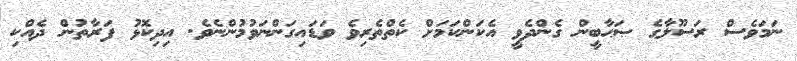
ނަމަވެސް ރަސޫލާގެ ޞަޙާބީން ގެންދެވީ އެކަންކަމަށް ކެތްތެރިވެ ވަޑައިގަންނަވުމުންނެވެ. އިދިކޮޅު ފަރާތުން ދެއްކި